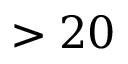
> 2 0